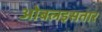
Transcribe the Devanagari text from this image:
ओबलइसतार